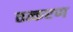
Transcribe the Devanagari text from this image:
तत्करण